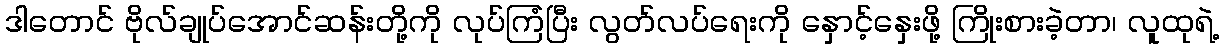
ဒါတောင် ဗိုလ်ချုပ်အောင်ဆန်းတို့ကို လုပ်ကြံပြီး လွတ်လပ်ရေးကို နှောင့်နှေးဖို့ ကြိုးစားခဲ့တာ၊ လူထုရဲ့